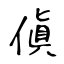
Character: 傎